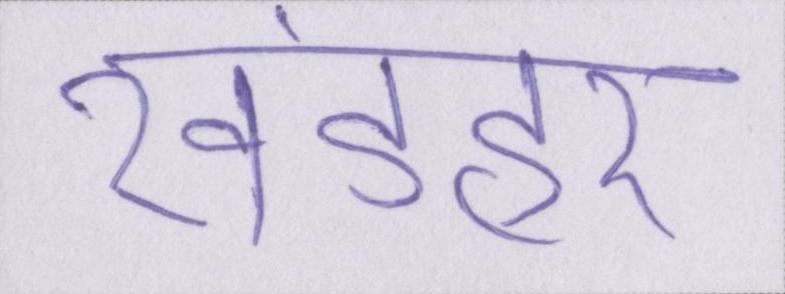
खंडहर